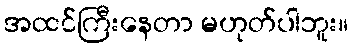
အထင်ကြီးနေတာ မဟုတ်ပါဘူး။